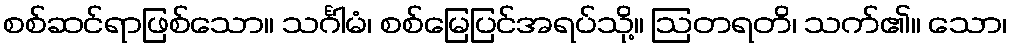
စစ်ဆင်ရာဖြစ်သော။ သင်္ဂါမံ၊ စစ်မြေပြင်အရပ်သို့။ ဩတရတိ၊ သက်၏။ သော၊